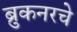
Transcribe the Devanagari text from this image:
ब्रुकनरचे